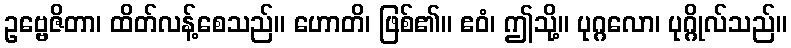
ဥဗ္ဗေဇိတာ၊ ထိတ်လန့်စေသည်။ ဟောတိ၊ ဖြစ်၏။ ဧဝံ၊ ဤသို့။ ပုဂ္ဂလော၊ ပုဂ္ဂိုလ်သည်။